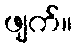
ဖျက်။